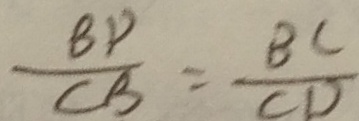
\frac { B P } { C B } = \frac { B C } { C D }